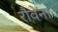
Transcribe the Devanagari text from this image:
रौवेना